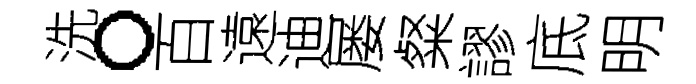
洗。百遠迪屡粲謬底明